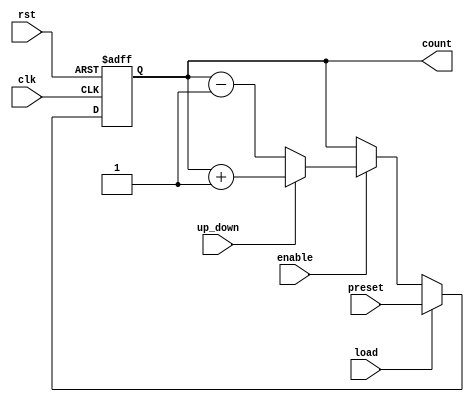
module SynchronousLoadCounter (
    input wire clk,           // Clock signal
    input wire rst,           // Reset signal (active high)
    input wire load,          // Load signal (active high)
    input wire [7:0] preset,  // Preset value for loading (8-bit)
    input wire enable,        // Count enable signal (active high)
    input wire up_down,       // Count direction: 1 for up, 0 for down
    output reg [7:0] count    // Current counter value (8-bit)
);

    // Asynchronous reset
    always @(posedge clk or posedge rst) begin
        if (rst) begin
            count <= 8'b0; // Reset to 0 on reset signal
        end else if (load) begin
            count <= preset; // Load preset value on load signal
        end else if (enable) begin
            if (up_down) begin
                count <= count + 1; // Increment the counter
            end else begin
                count <= count - 1; // Decrement the counter
            end
        end
    end

endmodule